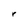
Character: r